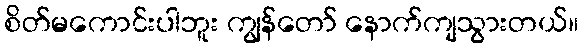
စိတ်မကောင်းပါဘူး ကျွန်တော် နောက်ကျသွားတယ်။